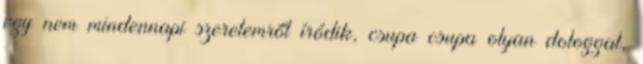
egy nem mindennapi szerelemről íródik, csupa csupa olyan dologgal,